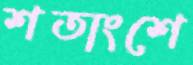
শতাংশে